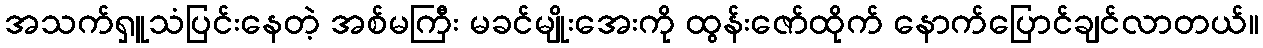
အသက်ရှူသံပြင်းနေတဲ့ အစ်မကြီး မခင်မျိုးအေးကို ထွန်းဇော်ထိုက် နောက်ပြောင်ချင်လာတယ်။